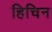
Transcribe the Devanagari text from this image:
हिचिन